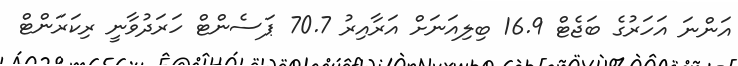
އަންނަ އަހަރުގެ ބަޖެޓް 16.9 ބިލިއަނަށް އަރާއިރު 70.7 ޕަސެންޓް ހަރަދުވާނީ ރިކަރަންޓް